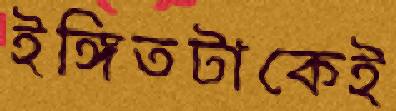
ইঙ্গিতটাকেই